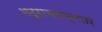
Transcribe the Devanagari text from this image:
भद्राचलम्‌नंतर